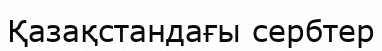
Қазақстандағы сербтер